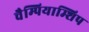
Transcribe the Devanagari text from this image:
चैम्पियाम्शिप